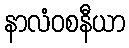
နာလံဝစနီယာ